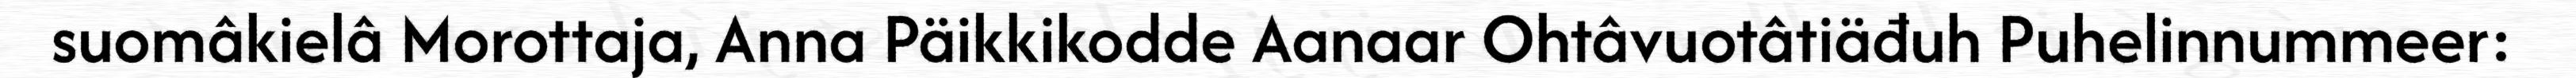
suomâkielâ Morottaja, Anna Päikkikodde Aanaar Ohtâvuotâtiäđuh Puhelinnummeer: